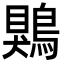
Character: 鶪